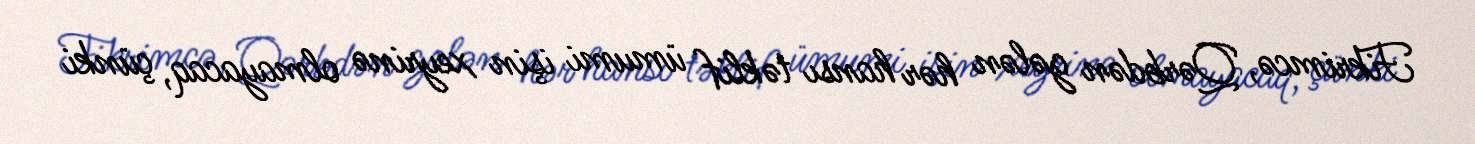
Fikrimcə, Qərbdən gələn hər hansı təklif ümumi işin xeyrinə olmayacaq, çünki